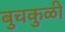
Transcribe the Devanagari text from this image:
बुचकुळी